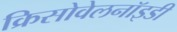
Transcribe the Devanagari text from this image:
क्रिसोवेलनॉइडी